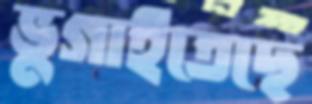
ভুগাইতেছে